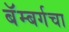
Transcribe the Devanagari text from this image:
बॅम्बर्गचा